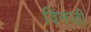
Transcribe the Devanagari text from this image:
विनजी